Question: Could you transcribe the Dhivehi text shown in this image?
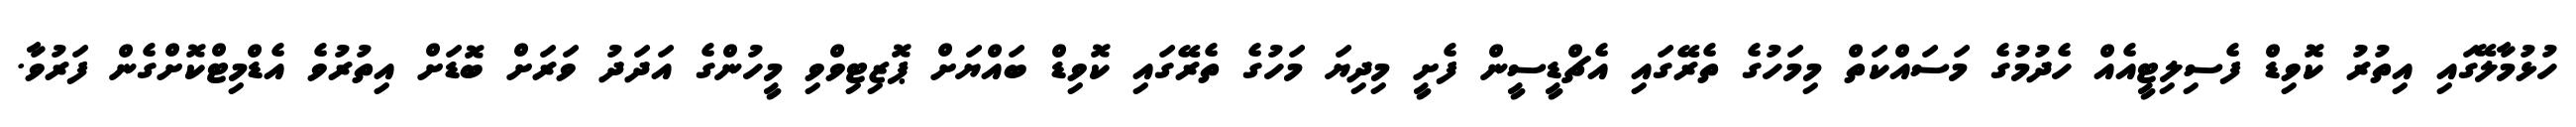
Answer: ހުޅުމާލޭގައި އިތުރު ކޮވިޑް ފެސިލިޓީއެއް ހެދުމުގެ މަސައްކަތް މިމަހުގެ ތެރޭގައި އެޗްޑީސީން ފެށީ މިދިޔަ މަހުގެ ތެރޭގައި ކޮވިޑް ބައްޔަށް ޕޮޒިޓިވްވި މީހުންގެ އަދަދު ވަރަށް ބޮޑަށް އިތުރުވެ އެޑްމިޓްކޮށްގެން ފަރުވާ.